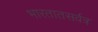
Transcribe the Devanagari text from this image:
भारतातसर्वत्र